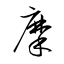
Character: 摩